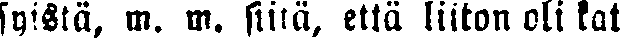
syistä, m. m. siitä, että liiton oli kat